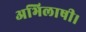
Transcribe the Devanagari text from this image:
अभिलाषी।